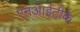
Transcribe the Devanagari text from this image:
एनआईटीके